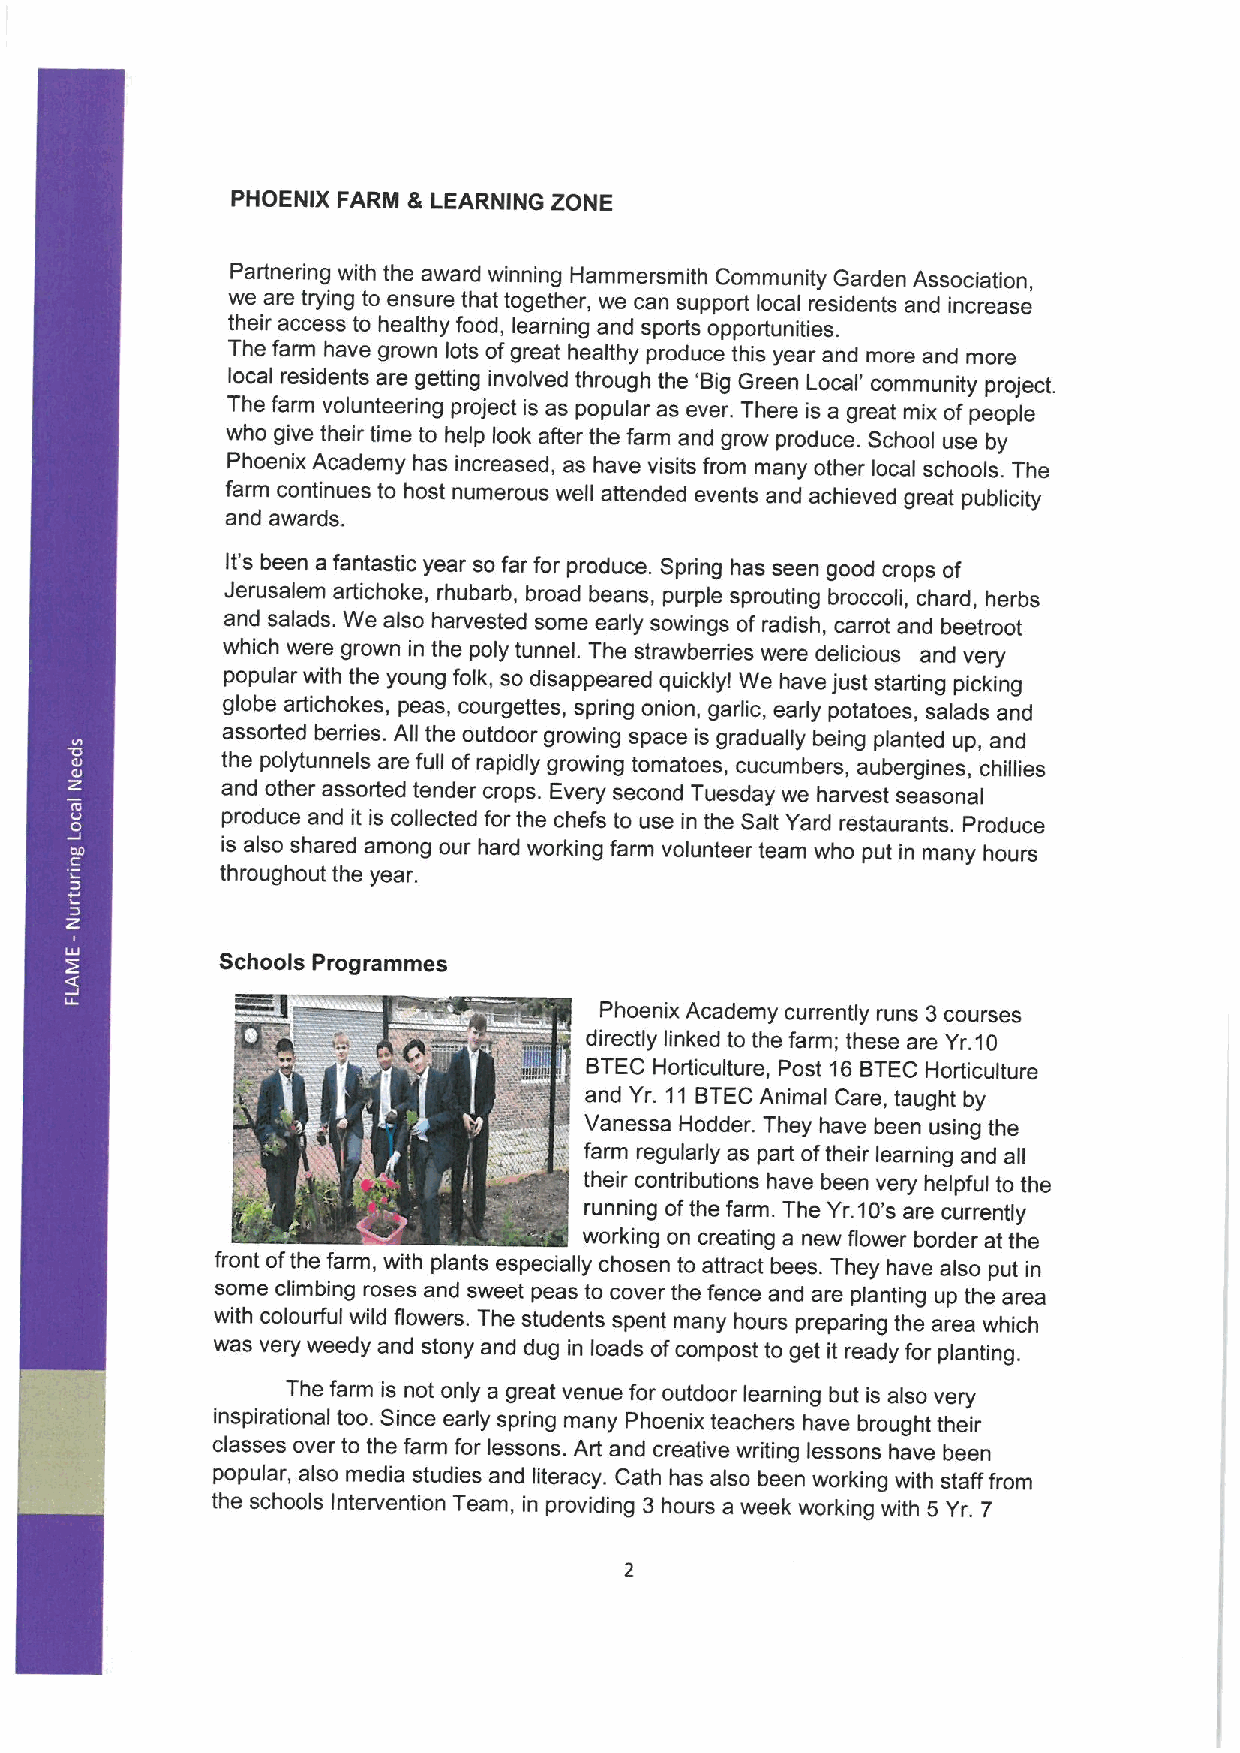
PHOENIX FARM 8 LEARNING ZONE
 Partnering with the award winning Hammersmith Community Garden Association,
 we are trying to ensure that together, we can support local residents and increase
 their access to healthy food, learning and sports opportunities.
 The farm have grown lots ofgreat healthy produce this year and more and more
 local residents are getting involved through the 'Big Green Local' community project.
 The farm volunteering project is as popular as ever. There is a great mix ofpeople
 who give their time to help look after the farm and grow produce. School use by
 Phoenix Academy has increased, as have visits from many other local schools. The
 farm continues to host numerous well attended events and achieved great publicity
 and awards.
 It's been a fantastic year so far for produce. Spring has seen good crops of
 Jerusalem artichoke, rhubarb, broad beans, purple sprouting broccoli, chard, herbs
 and salads. We also harvested some early sowings of radish, carrot and beetroot
 which were grown in the poly tunnel. The strawberries were delicious and very
 popular with the young folk, so disappeared quicklyl We have just starting picking
 globe artichokes, peas, courgettes, spring onion, garlic, early potatoes, salads and
 assorted berries. All the outdoor growing space is gradually being planted up, and
 the polytunnels are full ofrapidly growing tomatoes, cucumbers, aubergines, chillies
 and other assorted tender crops. Every second Tuesday we harvest seasonal
 produce and it is collected for the chefs to use in the Salt Yard restaurants. Produce
 is also shared among our hard working farm volunteer team who put in many hours
 throughout the year.
 Schools Programmes
 Phoenix Academy currently runs 3courses
 directly linked to the farm; these are Yr.10
 BTEC Horticulture, Post 16BTEC Horticulture
 and Yr. 11 BTECAnimal Care, taught by
 Vanessa Hodder. They have been using the
 farm regularly as part oftheir learning and all
 their contributions have been very helpful to the
 running ofthe farm. The Yr.10's are currently
 working on creating a new flower border at the
 front ofthe farm, with plants especially chosen to attract bees. They have also put in
 some climbing roses and sweet peas to cover the fence and are planting up the area
 with colourful wild flowers. The students spent many hours preparing the area which
 was very weedy and stony and dug in loads ofcompost to get it ready for planting.
 The farm is not only a great venue for outdoor learning but is also very
 inspirational too. Since early spring many Phoenix teachers have brought their
 classes over to the farm for lessons. Art and creative writing lessons have been
 popular, also media studies and literacy. Cath has also been working with staff from
 the schools Intervention Team, in providing 3 hours a week working with 5 Yr. 7